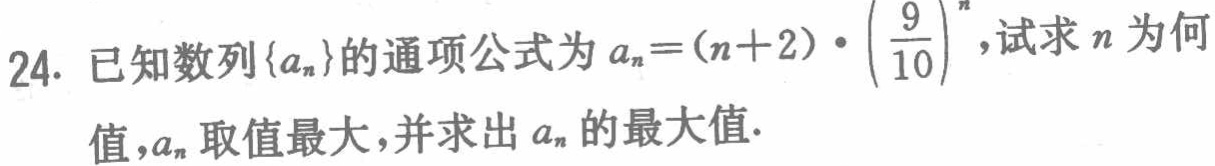
24. 已知数列\(\{a_{n}\}\)的通项公式为\(a_{n}=(n + 2)\cdot\left(\frac{9}{10}\right)^{n}\)，试求\(n\)为何值，\(a_{n}\)取值最大，并求出\(a_{n}\)的最大值.